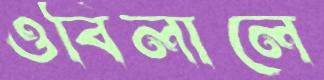
ওবিলালে